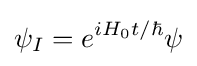
\psi _{I}=e^{iH_{0}t/\hbar }\psi